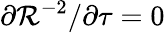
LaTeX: \partial\mathcal{R}^{-2}/\partial\tau=0